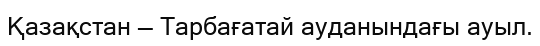
Қазақстан — Тарбағатай ауданындағы ауыл.